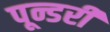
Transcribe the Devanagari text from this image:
पून्डरी